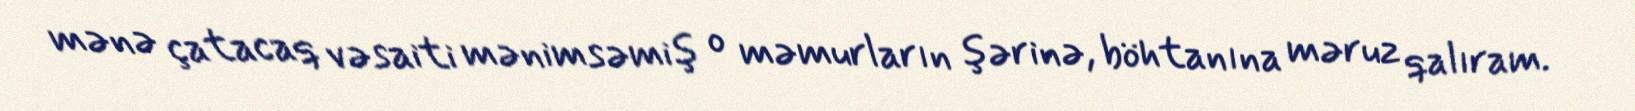
mənə çatacaq vəsaiti mənimsəmiş o məmurların şərinə, böhtanına məruz qalıram.